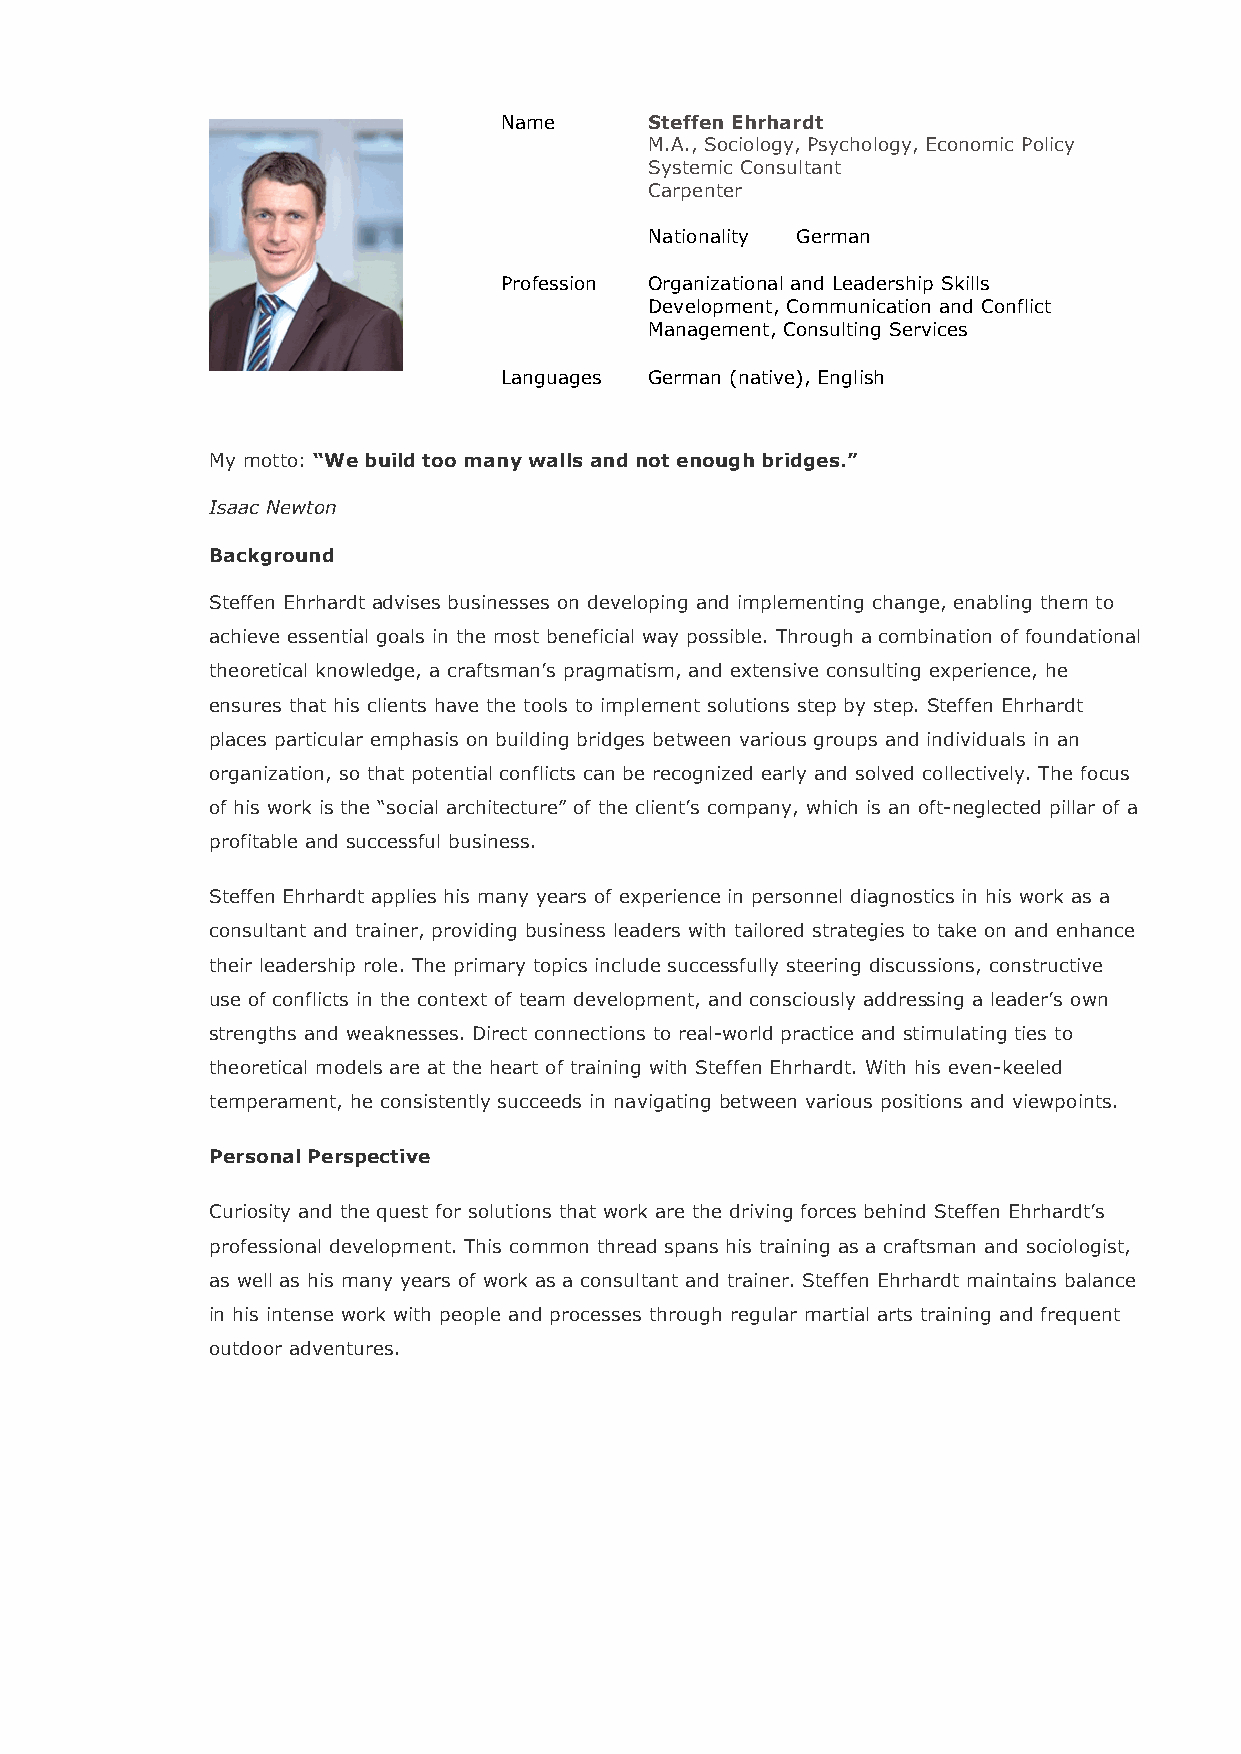
Name      Steffen Ehrhardt
 M.A., Sociology, Psychology, Economic Policy
 Systemic Consultant
 Carpenter
 Nationality German
 Profession Organizational and Leadership Skills
 Development, Communication and Conflict
 Management, Consulting Services
 Languages German (native), English
 My motto: “We build too many walls and not enough bridges.”
 Isaac Newton
 Background
 Steffen Ehrhardt advises businesses on developing and implementing change, enabling them to
 achieve essential goals in the most beneficial way possible. Through a combination of foundational
 theoretical knowledge, a craftsman’s pragmatism, and extensive consulting experience, he
 ensures that his clients have the tools to implement solutions step by step. Steffen Ehrhardt
 places particular emphasis on building bridges between various groups and individuals in an
 organization, so that potential conflicts can be recognized early and solved collectively. The focus
 of his work is the “social architecture” of the client’s company, which is an oft-neglected pillar of a
 profitable and successful business.
 Steffen Ehrhardt applies his many years of experience in personnel diagnostics in his work as a
 consultant and trainer, providing business leaders with tailored strategies to take on and enhance
 their leadership role. The primary topics include successfully steering discussions, constructive
 use of conflicts in the context of team development, and consciously addressing a leader’s own
 strengths and weaknesses. Direct connections to real-world practice and stimulating ties to
 theoretical models are at the heart of training with Steffen Ehrhardt. With his even-keeled
 temperament, he consistently succeeds in navigating between various positions and viewpoints.
 Personal Perspective
 Curiosity and the quest for solutions that work are the driving forces behind Steffen Ehrhardt’s
 professional development. This common thread spans his training as a craftsman and sociologist,
 as well as his many years of work as a consultant and trainer. Steffen Ehrhardt maintains balance
 in his intense work with people and processes through regular martial arts training and frequent
 outdoor adventures.